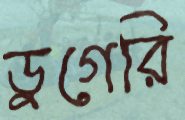
ডুগেরি